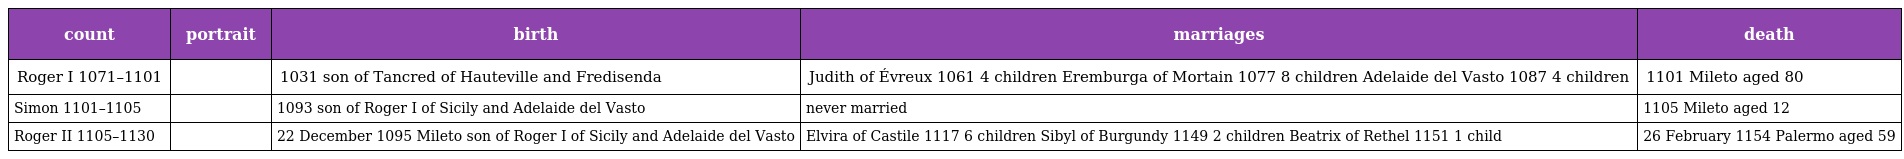
| count | portrait | birth | marriages | death |
 | --- | --- | --- | --- | --- |
 | Roger I 1071–1101 |  | 1031 son of Tancred of Hauteville and Fredisenda | Judith of Évreux 1061 4 children Eremburga of Mortain 1077 8 children Adelaide del Vasto 1087 4 children | 1101 Mileto aged 80 |
 | Simon 1101–1105 |  | 1093 son of Roger I of Sicily and Adelaide del Vasto | never married | 1105 Mileto aged 12 |
 | Roger II 1105–1130 |  | 22 December 1095 Mileto son of Roger I of Sicily and Adelaide del Vasto | Elvira of Castile 1117 6 children Sibyl of Burgundy 1149 2 children Beatrix of Rethel 1151 1 child | 26 February 1154 Palermo aged 59 |